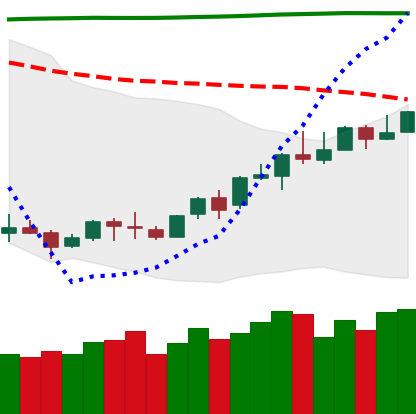
Ticker: LINK-USD
Chart end date: 2018-04-18
Forward return: 10.328%
Label: up_7plus